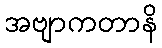
အဗျာကတာနိ